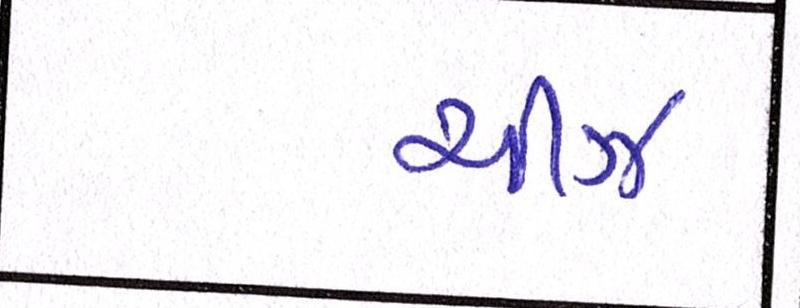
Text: ચીઝ